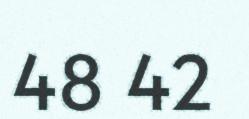
48 42